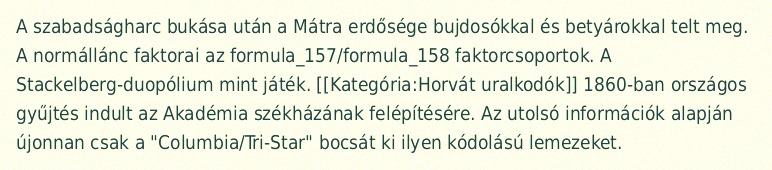
A szabadságharc bukása után a Mátra erdősége bujdosókkal és betyárokkal telt meg. A normállánc faktorai az formula_157/formula_158 faktorcsoportok. A Stackelberg-duopólium mint játék. [[Kategória:Horvát uralkodók]] 1860-ban országos gyűjtés indult az Akadémia székházának felépítésére. Az utolsó információk alapján újonnan csak a "Columbia/Tri-Star" bocsát ki ilyen kódolású lemezeket.